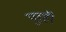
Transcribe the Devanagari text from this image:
पूरही